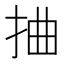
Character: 𢬑